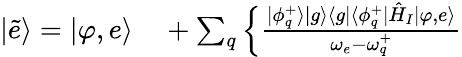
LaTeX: \begin{array}{rl}{|\tilde{e}\rangle=|\varphi,e\rangle}&{{}+\sum_{q}\Big\{ \frac{|\phi_{q}^{+}\rangle|g\rangle\langle g|\langle\phi_{q}^{+}|\hat{H}_{I}|\varphi,e\rangle}{\omega_{e}-\omega_{q}^{+}}}\end{array}